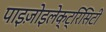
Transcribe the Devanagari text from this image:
पाइज़ोइलेक्ट्रिसिटी